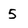
Character: 5